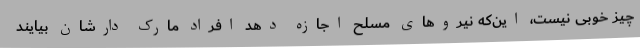
چیز خوبی نیست، این‌که نیروهای مسلح اجازه دهد افراد مارک دارشان بیایند